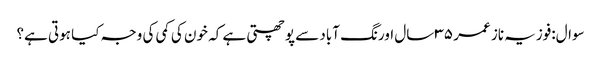
سوال:فوزیہ ناز عمر ۳۵ سال اورنگ آباد سے پوچھتی ہے کہ خون کی کمی کی وجہ کیا ہوتی ہے؟